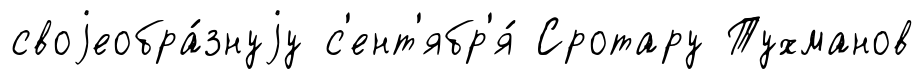
своjеобра́знуjу с'ент'ябр'я́ Сротару Тухманов